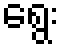
ရွေး